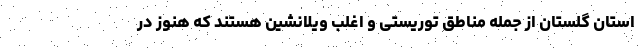
استان گلستان از جمله مناطق توریستی و اغلب ویلانشین هستند که هنوز در